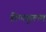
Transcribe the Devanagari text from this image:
तिप्पकुलम